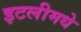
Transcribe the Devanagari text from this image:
इटलीमधे